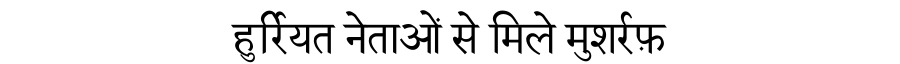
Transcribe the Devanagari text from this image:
हुर्रियत नेताओं से मिले मुशर्रफ़